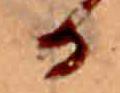
る